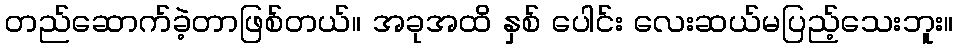
တည်ဆောက်ခဲ့တာဖြစ်တယ်။ အခုအထိ နှစ် ပေါင်း လေးဆယ်မပြည့်သေးဘူး။